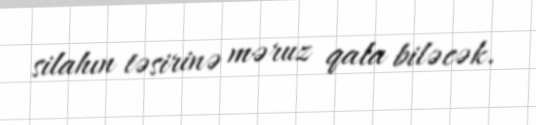
silahın təsirinə məruz qala biləcək.